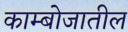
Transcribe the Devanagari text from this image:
काम्बोजातील